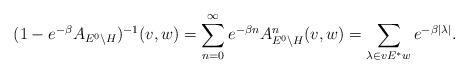
LaTeX: \begin{align*}(1 - e^{-\beta} A_{E^0 \backslash H})^{-1}(v,w)= \sum^\infty_{n=0} e^{-\beta n} A_{E^0 \backslash H}^n(v,w)= \sum_{\lambda \in v E^* w} e^{-\beta |\lambda|}.\end{align*}